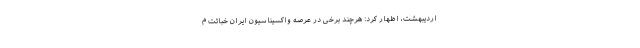
اردیبهشت، اظهار کرد: هرچند برخی در عرصه واکسیناسیون ایران خباثت م